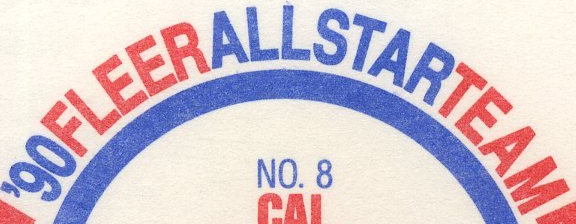
90FLEERALLSTARTEAM